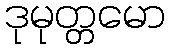
ဒုမုတ္တမော